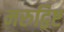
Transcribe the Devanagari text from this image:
मरुद्विष्ट